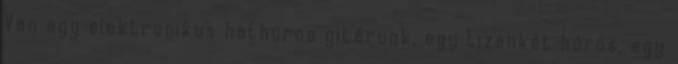
Van egy elektronikus hathúros gitárunk, egy tizenkét húros, egy